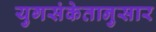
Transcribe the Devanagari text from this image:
युगसंकेतानुसार